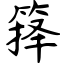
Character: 箨